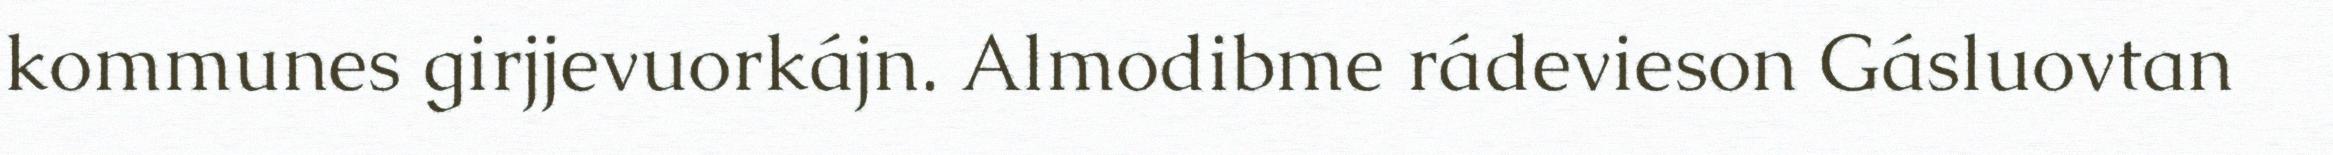
kommunes girjjevuorkájn. Almodibme rádevieson Gásluovtan